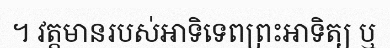
។ វត្តមានរបស់អាទិទេពព្រះអាទិត្យ ឬ